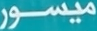
ميسور